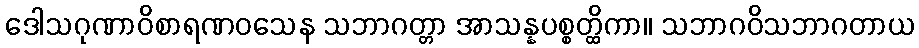
ဒေါသဂုဏာဝိစာရဏဝသေန သဘာဂတ္တာ အာသန္နပစ္စတ္ထိကာ။ သဘာဂဝိသဘာဂတာယ